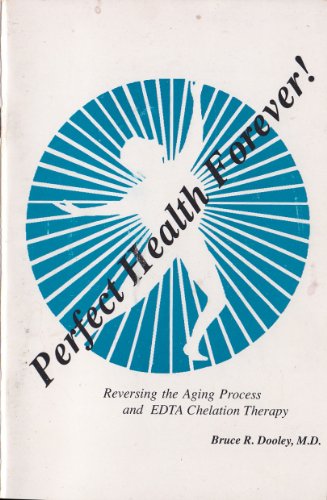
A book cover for Perfect Health Forever! Reversing the Aging Process and EDTA Chelation Therapy; M.D. Bruce R. Dooley; Health, Fitness & Dieting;